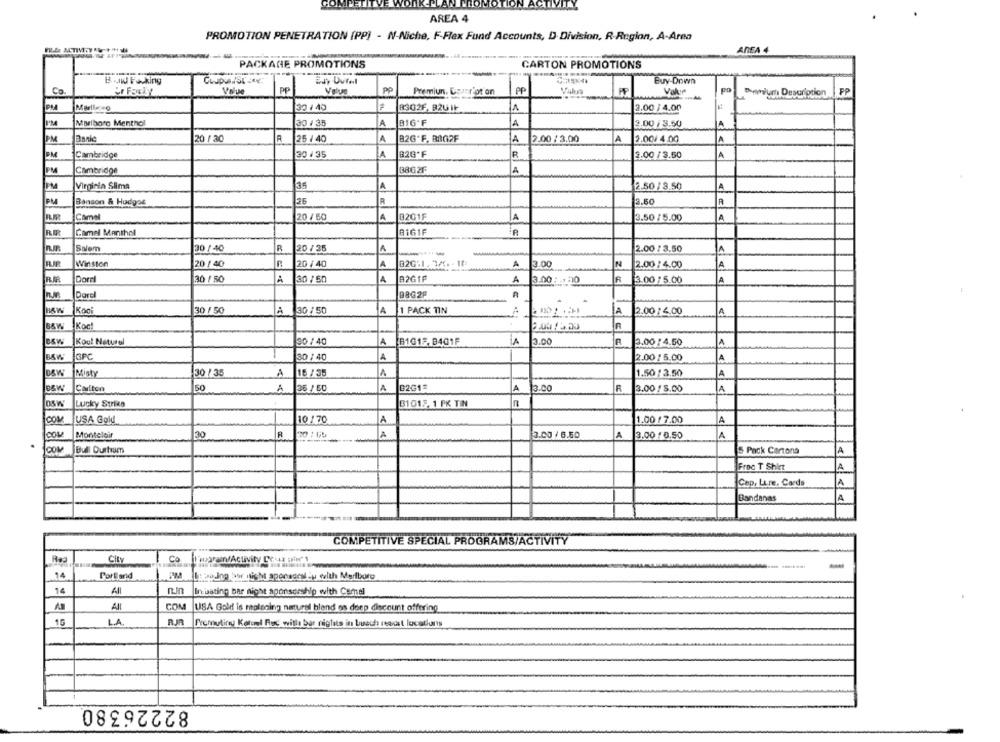
COMPETITVE WORK PLAN PROMOTION ACTIVITY
AREA 4
PROMOTION PENETRATION (PP) - N-Niche, F-Flex Fund Accounts, D. Division, R-Region, A-Area
AREA 4
PACKAGE PROMOTIONS
CARTON PROMOTIONS
--
Band Fracking
Buy-Down
Value
PP
Value
PP
Premiun, Carr'ot on
PP
Valus
po
Co.
Er Forly
Value
Primium Description
PP
PM
32 1 40
83G2F. B2U IF
2.00 / 4.00
Marlboro Menthol
30 / 35
A
BIG'F
A
3.00 / 3.50
A
PM
Banic
20.1 30
25 / 40
A
B2G'F, BAGOF
A
2.00 / 3.00
A
2.00/ 4.00
A
PM
Cambridge
30 / 35
B2G'F
R
2.00 /3.50
A
PM
Cambridge
3862F
A
Virginia Slime
A
2.50 / 8.50
26
R
2.50
R
Banson & Hudgot
20 / 60
A
A
A
Camel
@201F
3.50 / 5.00
RIR
Camel Manthol
8161F
Salem
30 / 40
R
20 / 35
A
-----
2.00 / 3.50
A
RIR
Winston
20 / 40
20 / 40
A
020:1,3/0-10
A
3.00
N
2.00 / 4.00
A
RA
Dorel
30 / 50
A
30 / 50
A
A
3.00 : - , 0
R
3.00 / 5.00
A
Darel
9862F
A
Kooi
30 / 50
A 30 / 50
1 PACK TIN
A
2.00 / 4,00
Koe!
204/2.00
Kou! Naturel
30 / 40
A
[81012, B401F
A
3.00
A
2.00 / 4.50
A
GFC
30 / 40
A
2.00 / 5.00
A
30 / 35
A
15 / 35
A
1.50 : 3.50
A
Misty
Colton
50
35 / 50
A
B2G1
A
13.co
R
3.00 / 5.00
A
OSW
Lucky Strike
B1015, 1 PK TIN
R
COM
USA Gold
10/70
A
1.00 / 7.00
A
cow
Monteleir
30
R
A
3.00 / 6.50
A
3.00 / 0,50
A
COM
Bull Ourtwum
5 Pack Cartons
A
Froc T Shirt
A
Cep, Lure, Cards
A
Bandanas
A
COMPETITIVE SPECIAL PROGRAMS/ACTIVITY
CILy
Co
Faen/Activity Cruz Bier'1
14
Portland
.OM
Lapping bor nicht aponagen iu with Marlboro
14
In.Dating bar night sponsorship with Camel
COM
USA Gold is molsning natural blend ns dorp discount offering
10
LA
RIA
Promutir Kolumel Ruc with bar rights in buech roost locations
82226380